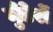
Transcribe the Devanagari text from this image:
मुँडेरों